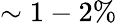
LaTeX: \sim 1-2\%